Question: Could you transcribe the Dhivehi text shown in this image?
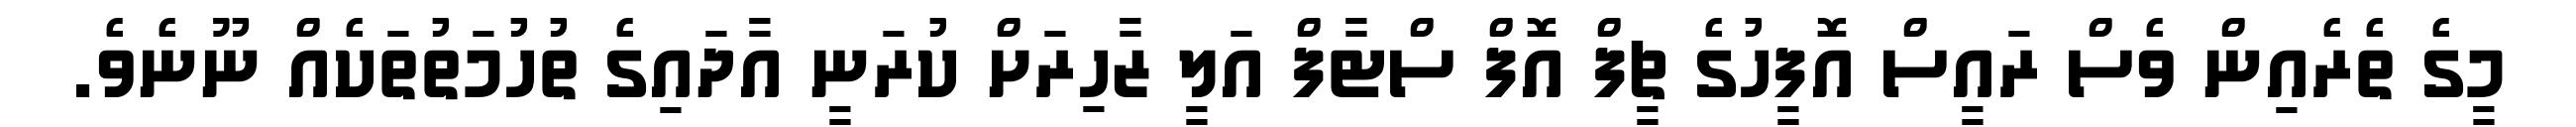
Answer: މީގެ ތެރެއިން ވެސް ރައީސް އޮފީހުގެ ޗީފް އޮފް ސްޓާފް އަލީ ޒާހިރަށް ކުރަނީ އާދައިގެ ތުހުމަތުތަކެއް ނޫނެވެ.